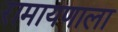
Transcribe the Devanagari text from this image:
रामायणाला